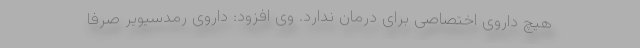
هیچ داروی اختصاصی برای درمان ندارد. وی افزود: داروی رمدسیویر صرفا